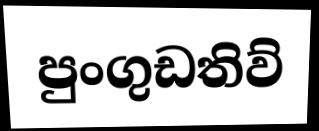
පුංගුඩතිව්